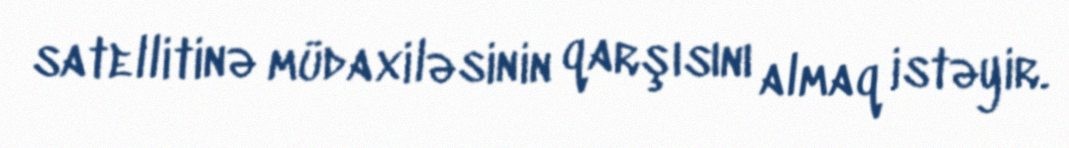
satellitinə müdaxiləsinin qarşısını almaq istəyir.